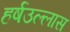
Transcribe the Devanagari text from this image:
हर्षउल्लास